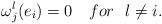
LaTeX: \begin{align*} \omega ^l_j(e_i)=0 \ \ \ for\ \ l\ne i.\end{align*}